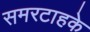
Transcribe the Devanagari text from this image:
समरटाहके